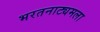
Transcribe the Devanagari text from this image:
भरतनाट्यमला